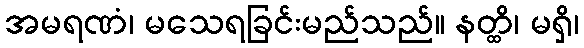
အမရဏံ၊ မသေရခြင်းမည်သည်။ နတ္ထိ၊ မရှိ၊